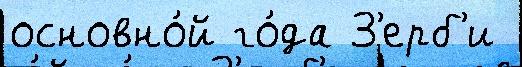
основно́й го́да З'ерб'и